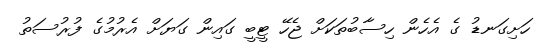
ހަށިގަނޑު ގެ އެހެން ހިސާބުތަކަށް ޖެހޭ ޓީބީ ގައިން ގަޔަށް އެރުމުގެ ފުރުސަތު